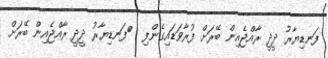
ފަނޑިޔާރު ދީދީ ރާއްޖެއިން ބޭރަށް ފުރާވަޑައިގެންފި  	ފަނޑިޔާރު ދީދީ ރާއްޖެއިން ބޭރަށް